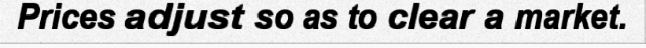
Prices adjust so as to clear a market.